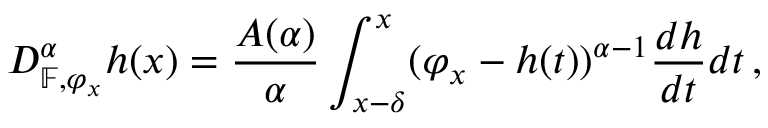
D _ { \mathbb { F } , \varphi _ { x } } ^ { \alpha } h ( x ) = \frac { A ( \alpha ) } { \alpha } \int _ { x - \delta } ^ { x } ( \varphi _ { x } - h ( t ) ) ^ { \alpha - 1 } \frac { d h } { d t } d t \, ,